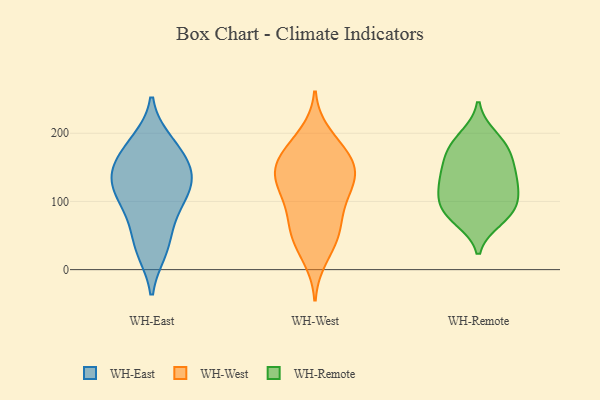
{"axis": {"x": "Website Visitors", "y": "Value"}, "legend": ["WH-East", "WH-Remote", "WH-West"], "data": [{"x": "", "y": 105, "type": "WH-East"}, {"x": "", "y": 189, "type": "WH-East"}, {"x": "", "y": 151, "type": "WH-East"}, {"x": "", "y": 133, "type": "WH-East"}, {"x": "", "y": 27, "type": "WH-East"}, {"x": "", "y": 28, "type": "WH-East"}, {"x": "", "y": 140, "type": "WH-East"}, {"x": "", "y": 187, "type": "WH-East"}, {"x": "", "y": 79, "type": "WH-East"}, {"x": "", "y": 154, "type": "WH-East"}, {"x": "", "y": 167, "type": "WH-East"}, {"x": "", "y": 121, "type": "WH-East"}, {"x": "", "y": 121, "type": "WH-East"}, {"x": "", "y": 55, "type": "WH-East"}, {"x": "", "y": 98, "type": "WH-East"}, {"x": "", "y": 140, "type": "WH-West"}, {"x": "", "y": 60, "type": "WH-West"}, {"x": "", "y": 186, "type": "WH-West"}, {"x": "", "y": 17, "type": "WH-West"}, {"x": "", "y": 37, "type": "WH-West"}, {"x": "", "y": 149, "type": "WH-West"}, {"x": "", "y": 169, "type": "WH-West"}, {"x": "", "y": 199, "type": "WH-West"}, {"x": "", "y": 158, "type": "WH-West"}, {"x": "", "y": 149, "type": "WH-West"}, {"x": "", "y": 132, "type": "WH-West"}, {"x": "", "y": 58, "type": "WH-West"}, {"x": "", "y": 51, "type": "WH-West"}, {"x": "", "y": 90, "type": "WH-West"}, {"x": "", "y": 122, "type": "WH-West"}, {"x": "", "y": 118, "type": "WH-West"}, {"x": "", "y": 167, "type": "WH-West"}, {"x": "", "y": 87, "type": "WH-West"}, {"x": "", "y": 118, "type": "WH-West"}, {"x": "", "y": 110, "type": "WH-Remote"}, {"x": "", "y": 111, "type": "WH-Remote"}, {"x": "", "y": 150, "type": "WH-Remote"}, {"x": "", "y": 82, "type": "WH-Remote"}, {"x": "", "y": 195, "type": "WH-Remote"}, {"x": "", "y": 140, "type": "WH-Remote"}, {"x": "", "y": 122, "type": "WH-Remote"}, {"x": "", "y": 86, "type": "WH-Remote"}, {"x": "", "y": 173, "type": "WH-Remote"}, {"x": "", "y": 135, "type": "WH-Remote"}, {"x": "", "y": 86, "type": "WH-Remote"}, {"x": "", "y": 74, "type": "WH-Remote"}, {"x": "", "y": 169, "type": "WH-Remote"}, {"x": "", "y": 186, "type": "WH-Remote"}]}